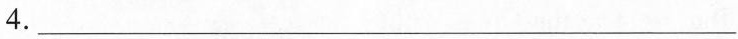
4.___